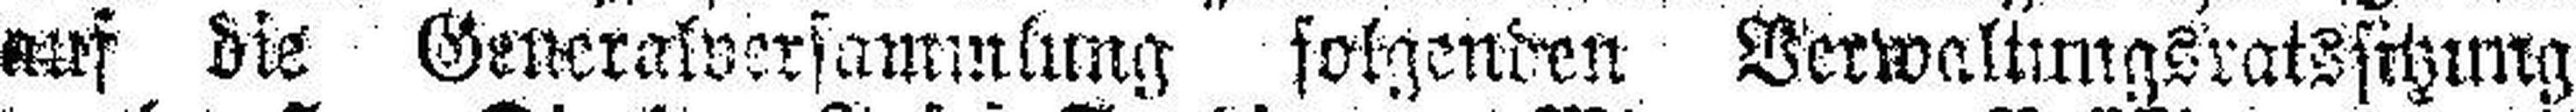
auf die Generalversammlung folgenden Verwaltungsratssitzung